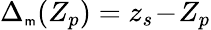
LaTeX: \Delta_{{\scriptscriptstyle\mathsf{m}}}(Z_{p})=z_{s}\! -\! Z_{p}